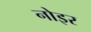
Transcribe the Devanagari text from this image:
नोइर